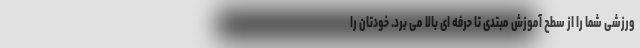
ورزشی شما را از سطح آموزش مبتدی تا حرفه ای بالا می برد. خودتان را